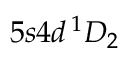
5 s 4 d \, ^ { 1 } D _ { 2 }